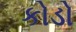
કોડો